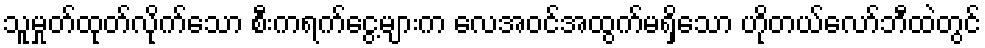
သူမှုတ်ထုတ်လိုက်သော စီးကရက်ငွေ့များက လေအဝင်အထွက်မရှိသော ဟိုတယ်လော်ဘီထဲတွင်